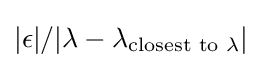
|\epsilon |/|\lambda -\lambda _{{\text{closest to }}\lambda }|